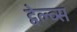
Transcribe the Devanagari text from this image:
ट्वेल्व्स